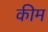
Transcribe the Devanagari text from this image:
कीम